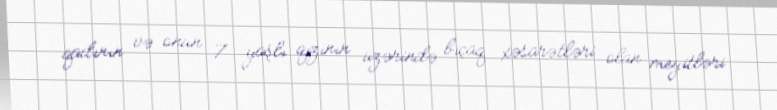
qadının və onun 7 yaşlı qızının üzərində bıçaq xəsarətləri olan meyitləri